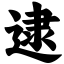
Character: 逮